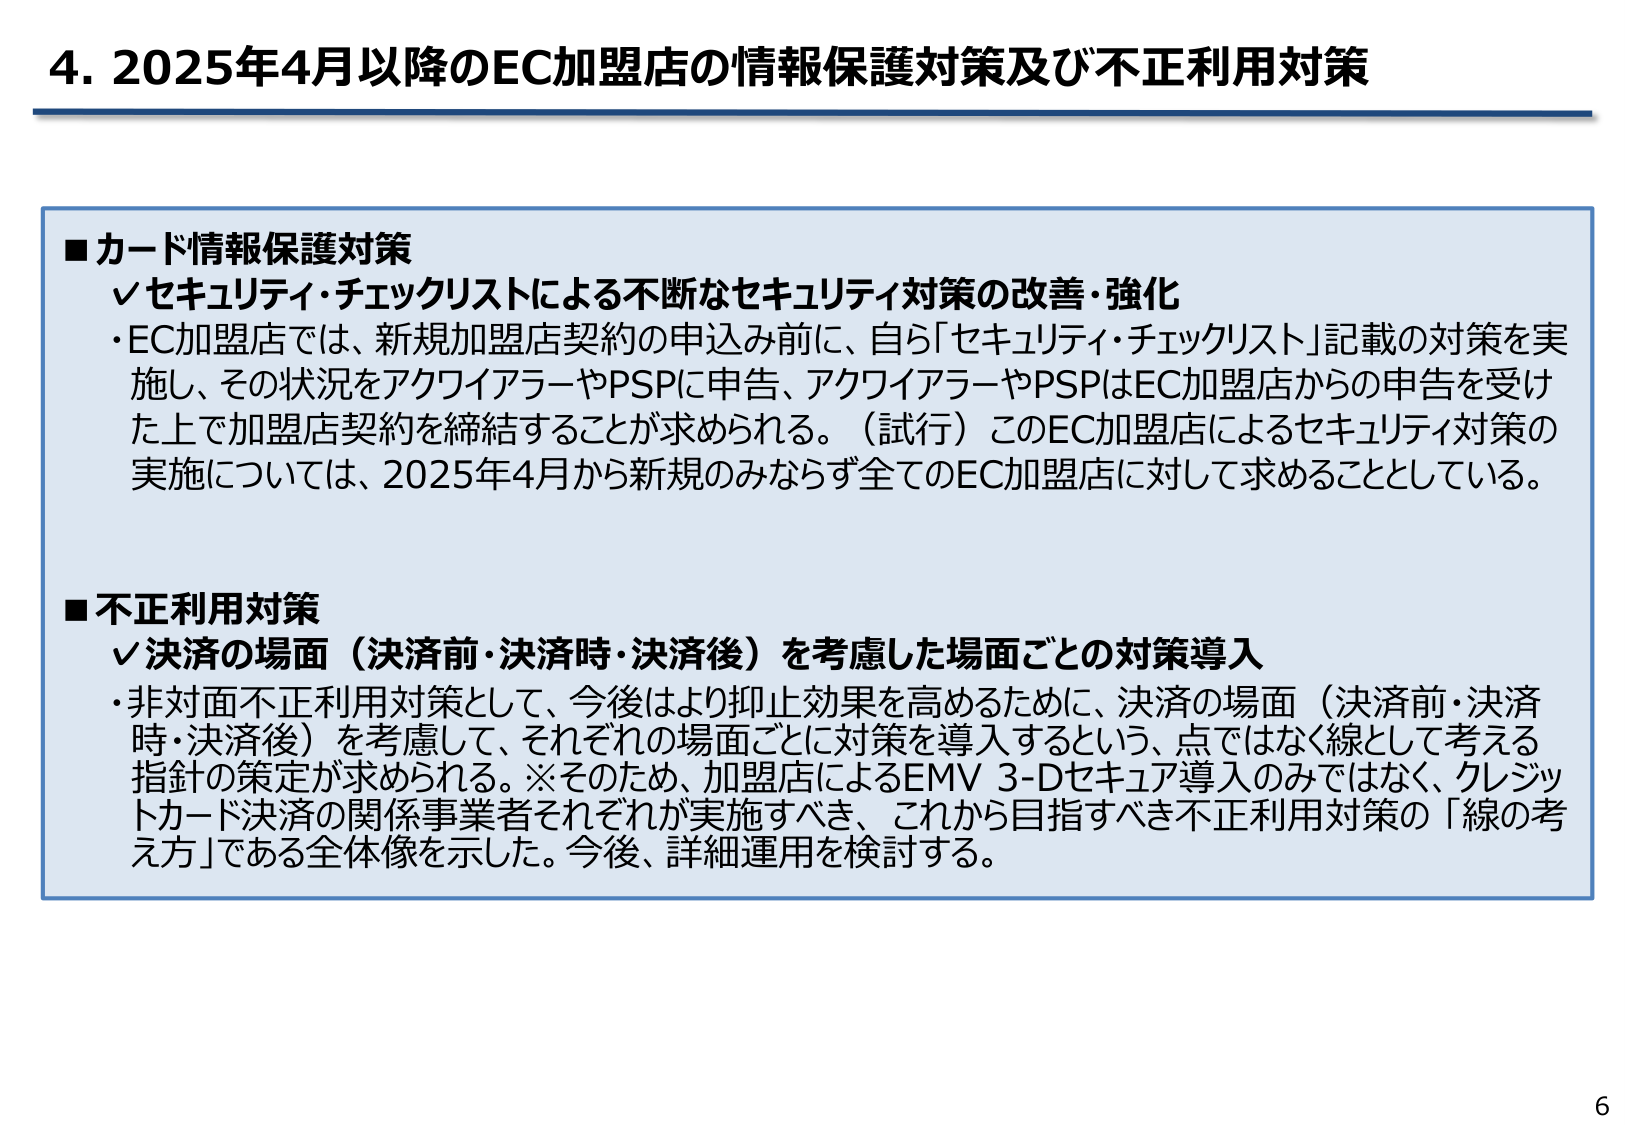
4. 2025年4月以降のEC加盟店の情報保護対策及び不正利用対策

■カード情報保護対策
✔セキュリティ・チェックリストによる不断なセキュリティ対策の改善・強化
・EC加盟店では、新規加盟店契約の申込み前に、自ら「セキュリティ・チェックリスト」記載の対策を実施し、その状況をアクワイアラーやPSPに申告、アクワイアラーやPSPはEC加盟店からの申告を受けた上で加盟店契約を締結することが求められる。（試行）このEC加盟店によるセキュリティ対策の実施については、2025年4月から新規のみならず全てのEC加盟店に対して求めることとしている。

■不正利用対策
✔決済の場面（決済前・決済時・決済後）を考慮した場面ごとの対策導入
・非対面不正利用対策として、今後はより抑止効果を高めるために、決済の場面（決済前・決済時・決済後）を考慮して、それぞれの場面ごとに対策を導入するという、点ではなく線として考える指針の策定が求められる。※そのため、加盟店によるEMV 3-Dセキュア導入のみではなく、クレジットカード決済の関係事業者それぞれが実施すべき、これから目指すべき不正利用対策の「線の考え方」である全体像を示した。今後、詳細運用を検討する。

6